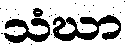
သံဃာ